Code of medical and sanitary regulations for the guidance of medical officers serving in the Madras Presidency - Volume II
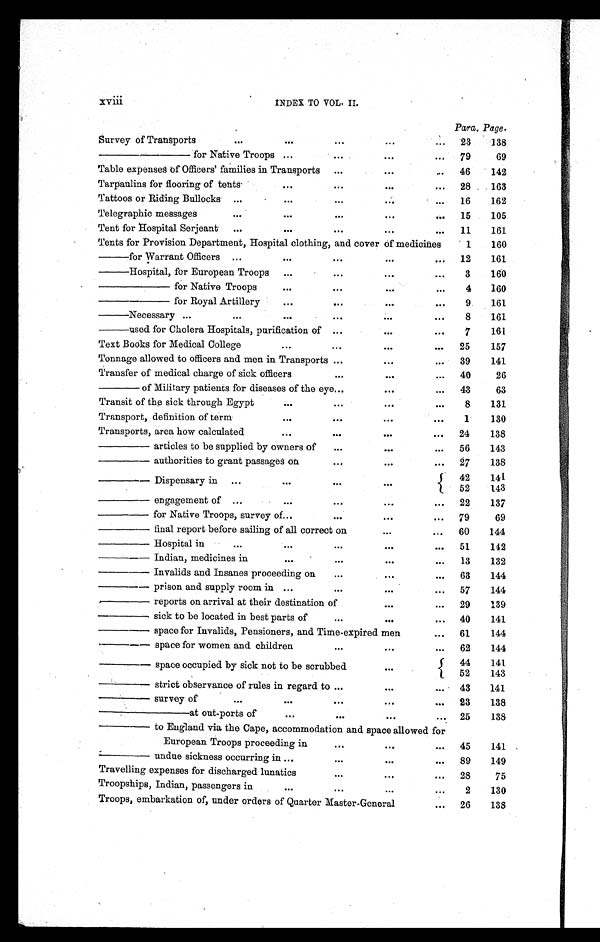
xviii
INDEX TO VOL. II.
Para. Page.
Survey of Transports
...
...
...
. . .
...
23
138
————— for Native Troops
...
. . .
. . .
...
79
69
Table expenses of Officers' families in Transports
...
. . .
...
46
142
Tarpaulins for flooring of tents
...
. . .
...
...
28
163
Tattoos or Riding Bullocks
...
...
...
...
...
16
162
Telegraphic messages
...
...
. . .
. . .
...
15
105
Tent for Hospital Serjeant
...
...
. . .
. . .
...
11
161
Tents for Provision Department, Hospital clothing, and cover of medicines
1
160
— for Warrant Officers ...
...
. . .
. . .
...
12
161
— Hospital, for European Troops
...
. . .
...
...
3
160
———— for Native Troops
...
...
...
...
4
160
———— for Royal Artillery
...
. . .
. . .
...
9
161
— Necessary ...
...
...
...
...
...
8
161
— used for Cholera Hospitals, purification of ...
. . .
...
7
161
Text Books for Medical College
...
. . .
. . .
...
25
157
Tonnage allowed to officers and men in Transports ...
. . .
...
39
141
Transfer of medical charge of sick officers
. . .
. . .
...
40
26
—— of Military patients for diseases of the eye ...
. . .
...
43
63
Transit of the sick through Egypt
...
...
. . .
...
8
131
Transport, definition of term
...
. . .
. . .
...
1
130
Transports, area how calculated
...
. . .
. . .
...
24
138
——— articles to be supplied by owners of
...
...
...
56
143
——— authorities to grant passages on
...
...
...
27
138
——— Dispensary in ...
...
. . .
...
42
141
52
143
——— engagement of ...
...
. . .
...
...
22
137
— — — f o r N a t i v e T r o o p s , s u r v e y o f
...
. . .
. . .
...
79
69
——— final report before sailing of all correct on
...
...
60
144
——
— Hospital in
...
...
...
. . .
...
51
142
———
Indian, medicines in
...
...
. . .
...
13
132
——— Invalids and Insanes proceeding on
...
. . .
...
63
144
— — — p r i s o n a n d
s u p p l y
r o o m
i n ...
. . .
. . .
...
57
144
———
reports on arrival at their destination of
. . .
...
29
139
———
sick to be located in best parts of
. . .
. . .
...
40
141
——— space for Invalids, Pensioners, and Time-expired men
...
61
144
——— space for women and children
. . .
. . .
...
62
144
———
space occupied by sick not to be scrubbed
. . .
44
141
52
143
——— strict observance of rules in regard to
...
. . . ...
43
141
———
survey of
. . .
...
. . .
. . .
...
23
138
————— at out-ports of
...
. . .
...
... 25
138
——— to England via the Cape, accommodation and space allowed for
European Troops proceeding in
. . .
. . .
...
45
141
———
undue sickness occurring in ...
. . .
. . .
...
89
149
Travelling expenses for discharged lunatics
. . .
. . .
...
28
75
Troopships, Indian, passengers in
...
. . .
. . .
...
2
1 3 0
Troops, embarkation of, under orders of Quarter Master-General
...
26
138